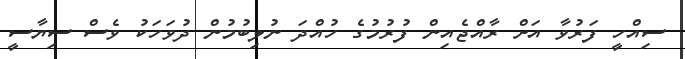
ސިއްހީ ފަރުވާ އަށް ރާއްޖެއިން ފުރުމުގެ ހުއްދަ ނުލިބުމުން ދުވަހަކު ވެސް ސިޔާސީ